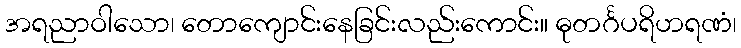
အရညာဝါသော၊ တောကျောင်းနေခြင်းလည်းကောင်း။ ဓုတင်္ဂပရိဟရဏံ၊